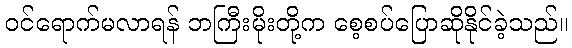
ဝင်ရောက်မလာရန် ဘကြီးမိုးတို့က စေ့စပ်ပြောဆိုနိုင်ခဲ့သည်။